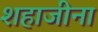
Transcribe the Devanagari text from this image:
शहाजीना